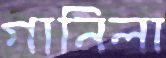
গানিলা